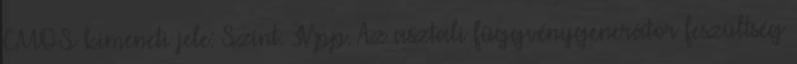
CMOS kimeneti jele: Szint: 3Vpp. Az asztali függvénygenerátor feszültség